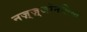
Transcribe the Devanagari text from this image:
नज़्ज़्जोनलिस्त